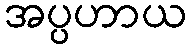
အပ္ပဟာယ